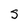
Character: S